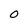
Character: O